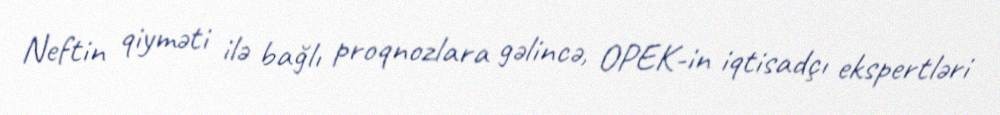
Neftin qiyməti ilə bağlı proqnozlara gəlincə, OPEK-in iqtisadçı ekspertləri